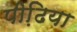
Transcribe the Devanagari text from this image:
पीढि़या